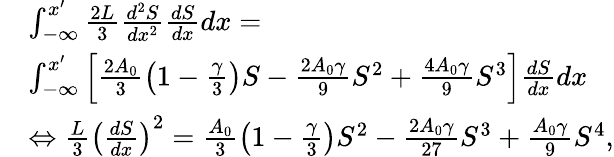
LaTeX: \begin{array}{rl}&{\int_{-\infty}^{x^{\prime}}\frac{2L}{3}\frac{d^{2}S}{dx^{2}}\frac{dS}{dx}dx=}\\ &{\int_{-\infty}^{x^{\prime}}\left[\frac{2A_{0}}{3}\left(1-\frac{\gamma}{3}\right)S-\frac{2A_{0}\gamma}{9}S^{2}+\frac{4A_{0}\gamma}{9}S^{3}\right]\frac{dS}{dx}dx}\\ &{\Leftrightarrow\frac{L}{3}\left(\frac{dS}{dx}\right)^{2}=\frac{A_{0}}{3}\left(1-\frac{\gamma}{3}\right)S^{2}-\frac{2A_{0}\gamma}{27}S^{3}+\frac{A_{0}\gamma}{9}S^{4},}\end{array}